Vital statistics of India. Vol. V, Reports of 1876 on armies & jails and on epidemic cholera
Year: 1876
Disease focus: Cholera
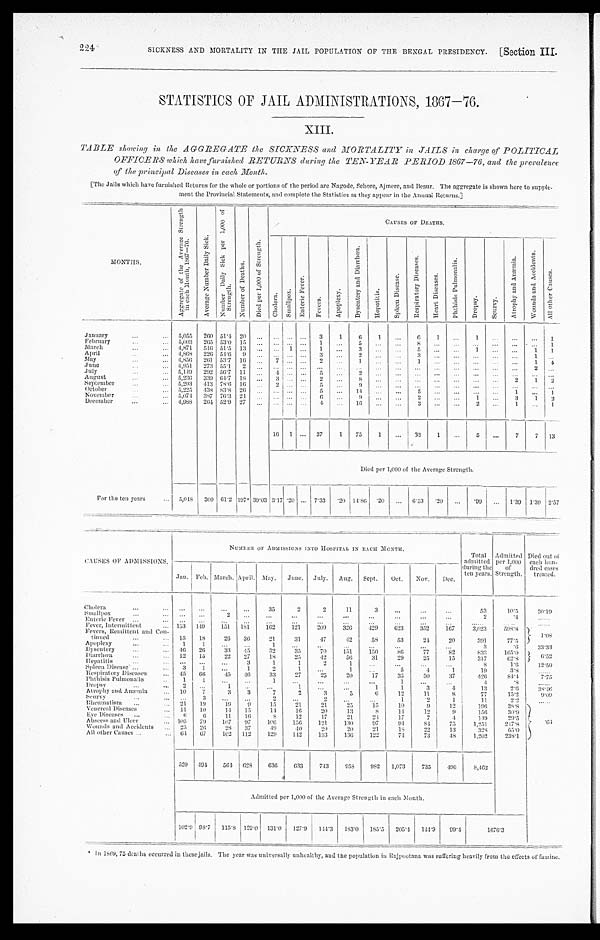
SICKNESS AND MORTALITY IN THE JAIL POPULATION OF THE BENGAL PRESIDENCY.
[Section III.
224
STATISTICS OF JAIL ADMINISTRATIONS, 1867-76.
XIII.
TABLE showing in the AGGREGATE the SICKNESS and MORTALITY in JAILS in charge of POLITICAL
OFFICERS which have furnished RETURNS during the TEN-YEAR PERIOD 1867—76, and the prevalence
of the principal Diseases in each Month.
[The Jails which have furnished Returns for the whole or portions of the period are Nagode, Sehore, Ajmere, and Beaur. The aggregate is shown here to supple
ment the Provincial Statements, and complete the Statistics as they appear in the Annual Returns.]
MONTHS.
A g g r e g a t e o f t h e A v e r a g e S t r e n g t h i n e a c h M o n t h , 1 8 6 7 — 7 6 .
A v e r a g e N u m b e r D a i l y S i c k .
N u m b e r D a i l y S i c k p e r 1 , 0 0 0 S t r e n g t h .
N u m b e r o f D e a t h s .
D i e d p e r 1 , 0 0 0 o f S t r e n g t h .
CAUSES OF DEATHS.
Chol er a. S m a l l p o x .
E n t e r i c F e v e r .
F e v e r s .
A p o p l e x y .
D y s e n t e r y a n d D i a r r h œ a .
H e p a t i t i s .
S p l e e n D i s e a s e .
R e s p i r a t o r y D i s e a s e s .
H e a r t D i s e a s e s .
P h t h i s i s P u l m o n a l i s .
D r o p s y .
S c u r v y .
A t r o p h y A n d A n æ m i a .
W o u n d s a n d A c c i d e n t s .
A l l o t h e r C a u s e s .
January
...
... 5,055 260 51.4 20
...
...
...
. . . 3
1
6
1
. . .
6
1
...
1
. . .
...
...
1
February
. . .
. . . 5,003 265 53.0 15
... ... ...
. . . 1
. . . 5
. . .
. . .
8
...
...
...
. . .
. . .
...
1
March
. . .
. . . 4,871
516 51.5 13 ... ... 1
. . .
1
. . .
3
. . .
. . .
5 ...
...
1
. . . ...
1
1
April
. . .
... 4,868 226 54.6
9 ... ... ...
. . . 3
...
2
. . .
. . .
3 ...
...
...
. . . ...
1
. . .
May
...
... 4,856
261 53.7 16
...
7 ... ...
2
. . .
1
. . .
. . .
1 ...
...
...
. . .
. . .
1
4
June
. . .
. . . 4,951
273 55 55.1 2
... ... ...
. . .
. . .
. . .
. . .
. . .
. . .
. . . ...
. . .
...
. . .
. . .
2
. . .
July
. . .
. . . 5,149
292 56.7 11 ...
4 ...
. . . 5
. . . 2
. . .
. . .
. . . . . . ...
. . .
. . .
. . .
... . . .
August
. . .
... 5,236
339 64.7 18 ...
3 ...
. . . 2
. . .
8
. . .
. . .
. . . . . .
. . .
...
. . .
2
1
2
September
. . .
. . . 5,293
413 78.6 16 ...
2 ...
. . . 5
. . . 9
. . .
. . .
. . . ...
...
. . .
. . .
. . .
...
. . .
October
. . .
. . . 5,225
438 83.8 26 ...
... ... ...
5
. . .
1 4
. . .
. . .
5 ...
...
...
. . .
1
. . .
1
November
. . .
. . . 5,074
387 76.3
2 4
... ......
. . .
6
. . . 9
. . .
. . .
2
...
...
1
. . .
3
1
2
December
...
. . .
4,988 264 52.9
2 7
...
...
. . .
. . .
4
. . .
1 6
. . .
. . .
3
. . .
...
2
. . .
1
. . .
1
16 1 ... 37
1
75
1
...
33
1
...
5
. . .
7
7 13
Died per 1,000 of the Average Strength.
For the ten years
... 5,048
309 61.2
1 9 7
‫٭‬ 39.03 3.17 .20 ... 7.33
.20 14.86 .20
... 6.53
.20 ...
. 9 9 ... 1.39
1.39 2.57
CAUSES OF ADMISSIONS.
NUMBER OF ADMISSIONS INTO HOSPITAL IN EACH MONTH.
Total
admitted
during the
ten years.
Admitted
per 1,000 of
Strength.
Died out of
each hun-
dred cases
treated.
Jan. Feb. March. April. May.
June. July. Aug. Sept.
Oct.
Nov.
Dec.
Cholera
. . . . . .
. . .
. . .
...
. . .
35
2
2
11
3
...
. . .
. . .
53
1 0 . 5
3 0 . 1 9
Smallpox
. . . . . . ...
. . .
2
. . .
. . .
. . .
. . .
...
...
...
...
...
2
. 4
. . . . . .
Enteric Fever
. . . ...
...
...
...
...
. . .
...
...
...
...
...
...
. . .
. . . . . .
. . . . .
. . . . . .
Fever, Intermittent
... 153 149
151 181
162
121
209
326
429
623
352
167
3,023
5 9 8 . 8
1.08
Fevers, Remittent and Con
tinued
... ...
15
18
26
36
21
31
47
42
58
53
24
20
391
77.5
Apopl exy
. . .
. . . 1
1
. . .
. . .
1
. . .
. . .
. . .
. . .
...
...
...
3
.6
3 3 . 3 3
Dysentery
. . .
. . .
4 6
26
3 3
4 5
3 2
35
70
151
150
80
77
82
8 3 2
1 6 5 . 0 6.52
Diarrhœa
. . .
... 12
15
22
27
18
2 5
4 2
5 6
31
29
25
15
317
6 2 . 8
Hepatitis
...
. . . . . .
. . .
. . .
3
1
1
2
1
. . . ...
...
...
8
1 . 6
1 2 . 5 0
Spleen Disease
. . .
. . . 3
1
. . .
1
2
1
. . .
1
. . .
5
4
1
19
3 . 8
. . . . . .
Respiratory Diseases
. . .
4 5
6 6
45
4 6
3 3
27
25
20
17
35
30
37
426
8 4 . 4
7 . 7 5
Phthisis Pulmonalis
...
1
1
. . .
. . .
1
. . .
. . .
. . .
. . .
1
. . .
. . .
4
. 8
......
Dr opsy
...
. . . 2
. . .
1
. . . ...
1
...
...
1
1
3
4
13
2 . 6
3 8 . 4 6
Atrophy and Anæmia
. . . 10
7
3
3
7
2
3
5
6
12
11
8
77
1 5 . 2
9 . 0 9
Scur vy
. . .
. . .
. . .
3
. . .
. . .
2
...
2
. . .
. . .
1
2
1
11
2 . 2
. . . . . .
Rheumatism
...
. . . 21
19
1 9
9
15
21
21
2 5
1 5
10
9
12
1 9 6
3 8 . 8
.64
Venereal Diseases
... 11
10
1 4
15
1 4
1 6
20
1 3
8
1 4
12
9
156
3 0 . 9
Eye Diseases ...
. . . 6
6
11
16
8
12
17
21
24
17
7 4
1 4 9
2 9 . 5
Abscess and Ulcer
... 105
79
107
97
106
156
121
130
97
94
84
75
1,251
217.8
Wounds and Accidents ... 25
26
28
37
49
4 0
2 9
2 0
21
18
22
13
328
6 5 . 0
All other Causes ...
... 61
67
102 112
129
1 4 2
133
136
122
7 4
73
4 8
1,202
2 3 8 . 1
520 494
564
6 2 8
6 3 6
633
7 4 3
9 5 8
9 8 2
1,073
735
496
8,462
Admitted per 1,000 of the Average Strength in each Month.
102.9 98.7 115.8 129.0 131.0
1 2 7 . 9 144.3
183.0 185.5
205.4
144. 9
99.4
1676. 3
‫٭‬ In 1869, 75 deaths occurred in these jails. The year was universally unhealthy, and the population in Rajpootana was suffering heavily from the effects of famine.